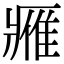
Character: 𨿳